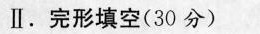
l,完形填空(3分)